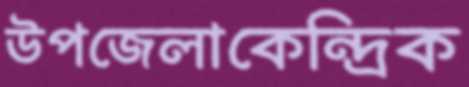
উপজেলাকেন্দ্রিক